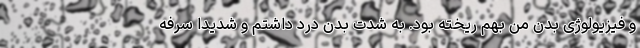
و فیزیولوژی بدن من بهم ریخته بود. به شدت بدن درد داشتم و شدیدا سرفه